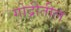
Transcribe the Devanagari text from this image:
गोद्रीतील